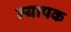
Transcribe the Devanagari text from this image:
न्यापक